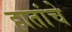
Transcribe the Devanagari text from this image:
हातांचे